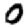
Digit: 0